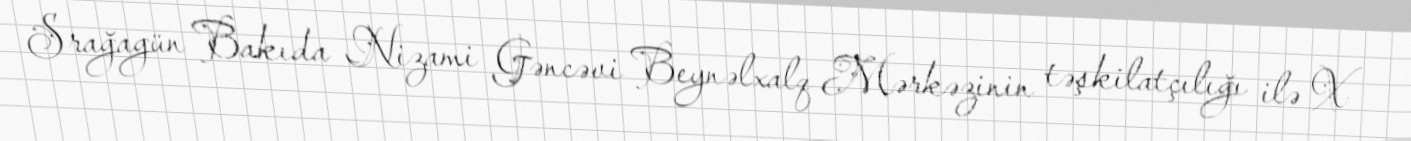
Srağagün Bakıda Nizami Gəncəvi Beynəlxalq Mərkəzinin təşkilatçılığı ilə X